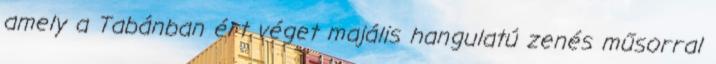
amely a Tabánban ért véget majális hangulatú zenés műsorral